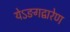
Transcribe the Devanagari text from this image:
येऽङगद्वारेण